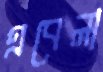
এবেলা